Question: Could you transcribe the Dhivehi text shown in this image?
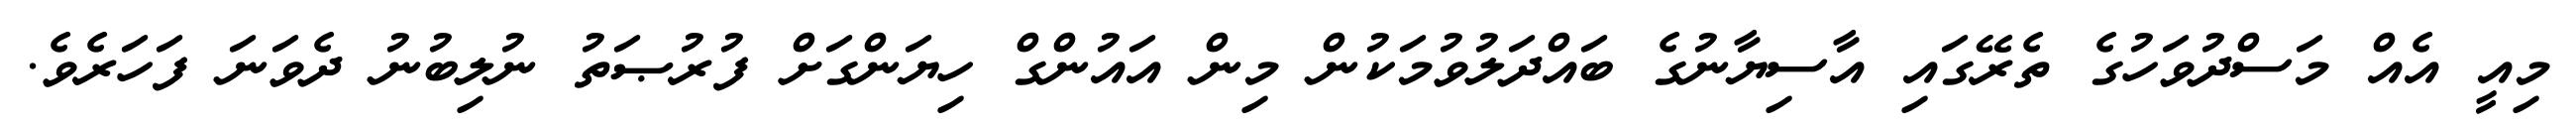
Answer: މިއީ އެއް މަސްދުވަހުގެ ތެރޭގައި އާސިޔާނުގެ ބައްދަލުވުމަކުން މިން އައުންގް ހިޔަންގަށް ފުރުޞަތު ނުލިބުނު ދެވަނަ ފަހަރެވެ.